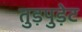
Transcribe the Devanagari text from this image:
तुड़पुड़ेट